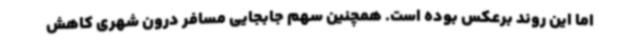
اما این روند برعکس بوده است. همچنین سهم جابجایی مسافر درون شهری کاهش